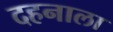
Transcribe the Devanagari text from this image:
दहनाला